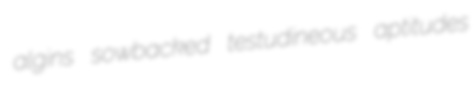
algins sowbacked testudineous aptitudes